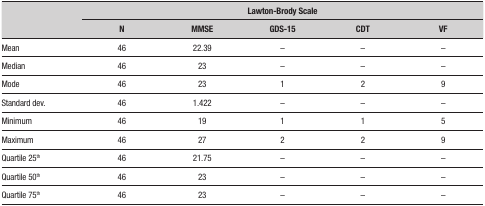
| <ROWSPAN=2>  | <COLSPAN=5> Lawton-Brody Scale |
 | N | MMSE | GDS-15 | CDT | VF |
 | --- | --- | --- | --- | --- | --- |
 | Mean | 46 | 22.39 | – | – | – |
 | Median | 46 | 23 | – | – | – |
 | Mode | 46 | 23 | 1 | 2 | 9 |
 | Standard dev. | 46 | 1.422 | – | – | – |
 | Minimum | 46 | 19 | 1 | 1 | 5 |
 | Maximum | 46 | 27 | 2 | 2 | 9 |
 | Quartile 25th | 46 | 21.75 | – | – | – |
 | Quartile 50th | 46 | 23 | – | – | – |
 | Quartile 75th | 46 | 23 | – | – | – |